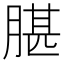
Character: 𦝧